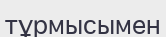
тұрмысымен